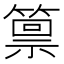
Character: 𫂛